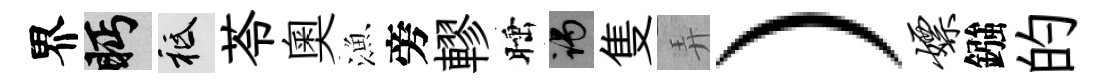
界眄祇苓奥漁旁轇睡谒隻弄）嫖鏹的